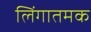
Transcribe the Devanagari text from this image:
लिंगातमक